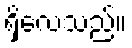
ရှိလေသည်။